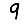
Digit: 9